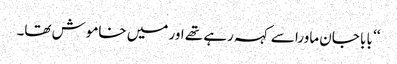
‘‘ بابا جان ماورا سے کہہ رہے تھے اور میں خاموش تھا۔